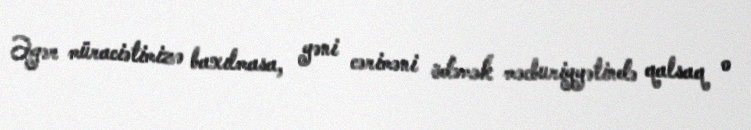
Əgər müraciətimizə baxılmasa, yəni cəriməni ödəmək məcburiyyətində qalsaq o